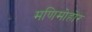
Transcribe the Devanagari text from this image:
मणिमोहोर